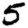
Digit: 5